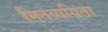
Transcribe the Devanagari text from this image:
मितव्‍ययिता